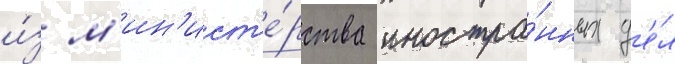
и́з м'ин'ист'е́рства иностра́нных д'е́л